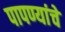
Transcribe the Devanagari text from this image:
पापण्यांचे